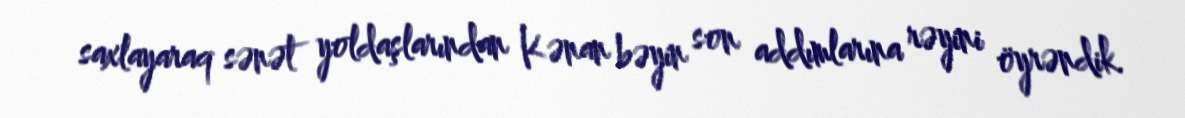
saxlayaraq sənət yoldaşlarından Kənan bəyin son addımlarına rəyini öyrəndik.